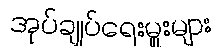
အုပ်ချုပ်ရေးမှူးများ